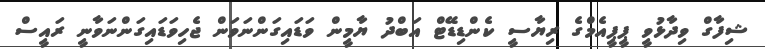
ޝިފާގް ވިދާޅުވީ ޕީޕީއެމްގެ ރިޔާސީ ކެންޑިޑޭޓް އަބްދު ޔާމީން ވަޑައިގަންނަވަން ޖެހިވަޑައިގަންނަވާނީ ރައީސް